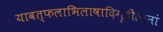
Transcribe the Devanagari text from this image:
यावत्फलाभिलाषादिगृहीतानां